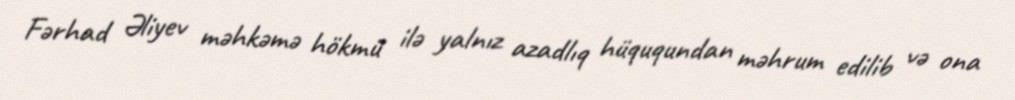
Fərhad Əliyev məhkəmə hökmü ilə yalnız azadlıq hüququndan məhrum edilib və ona